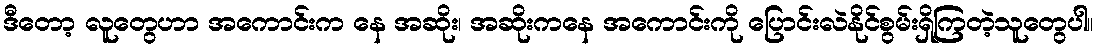
ဒီတော့ လူတွေဟာ အကောင်းက နေ အဆိုး၊ အဆိုးကနေ အကောင်းကို ပြောင်းလဲနိုင်စွမ်းရှိကြတဲ့သူတွေပါ။